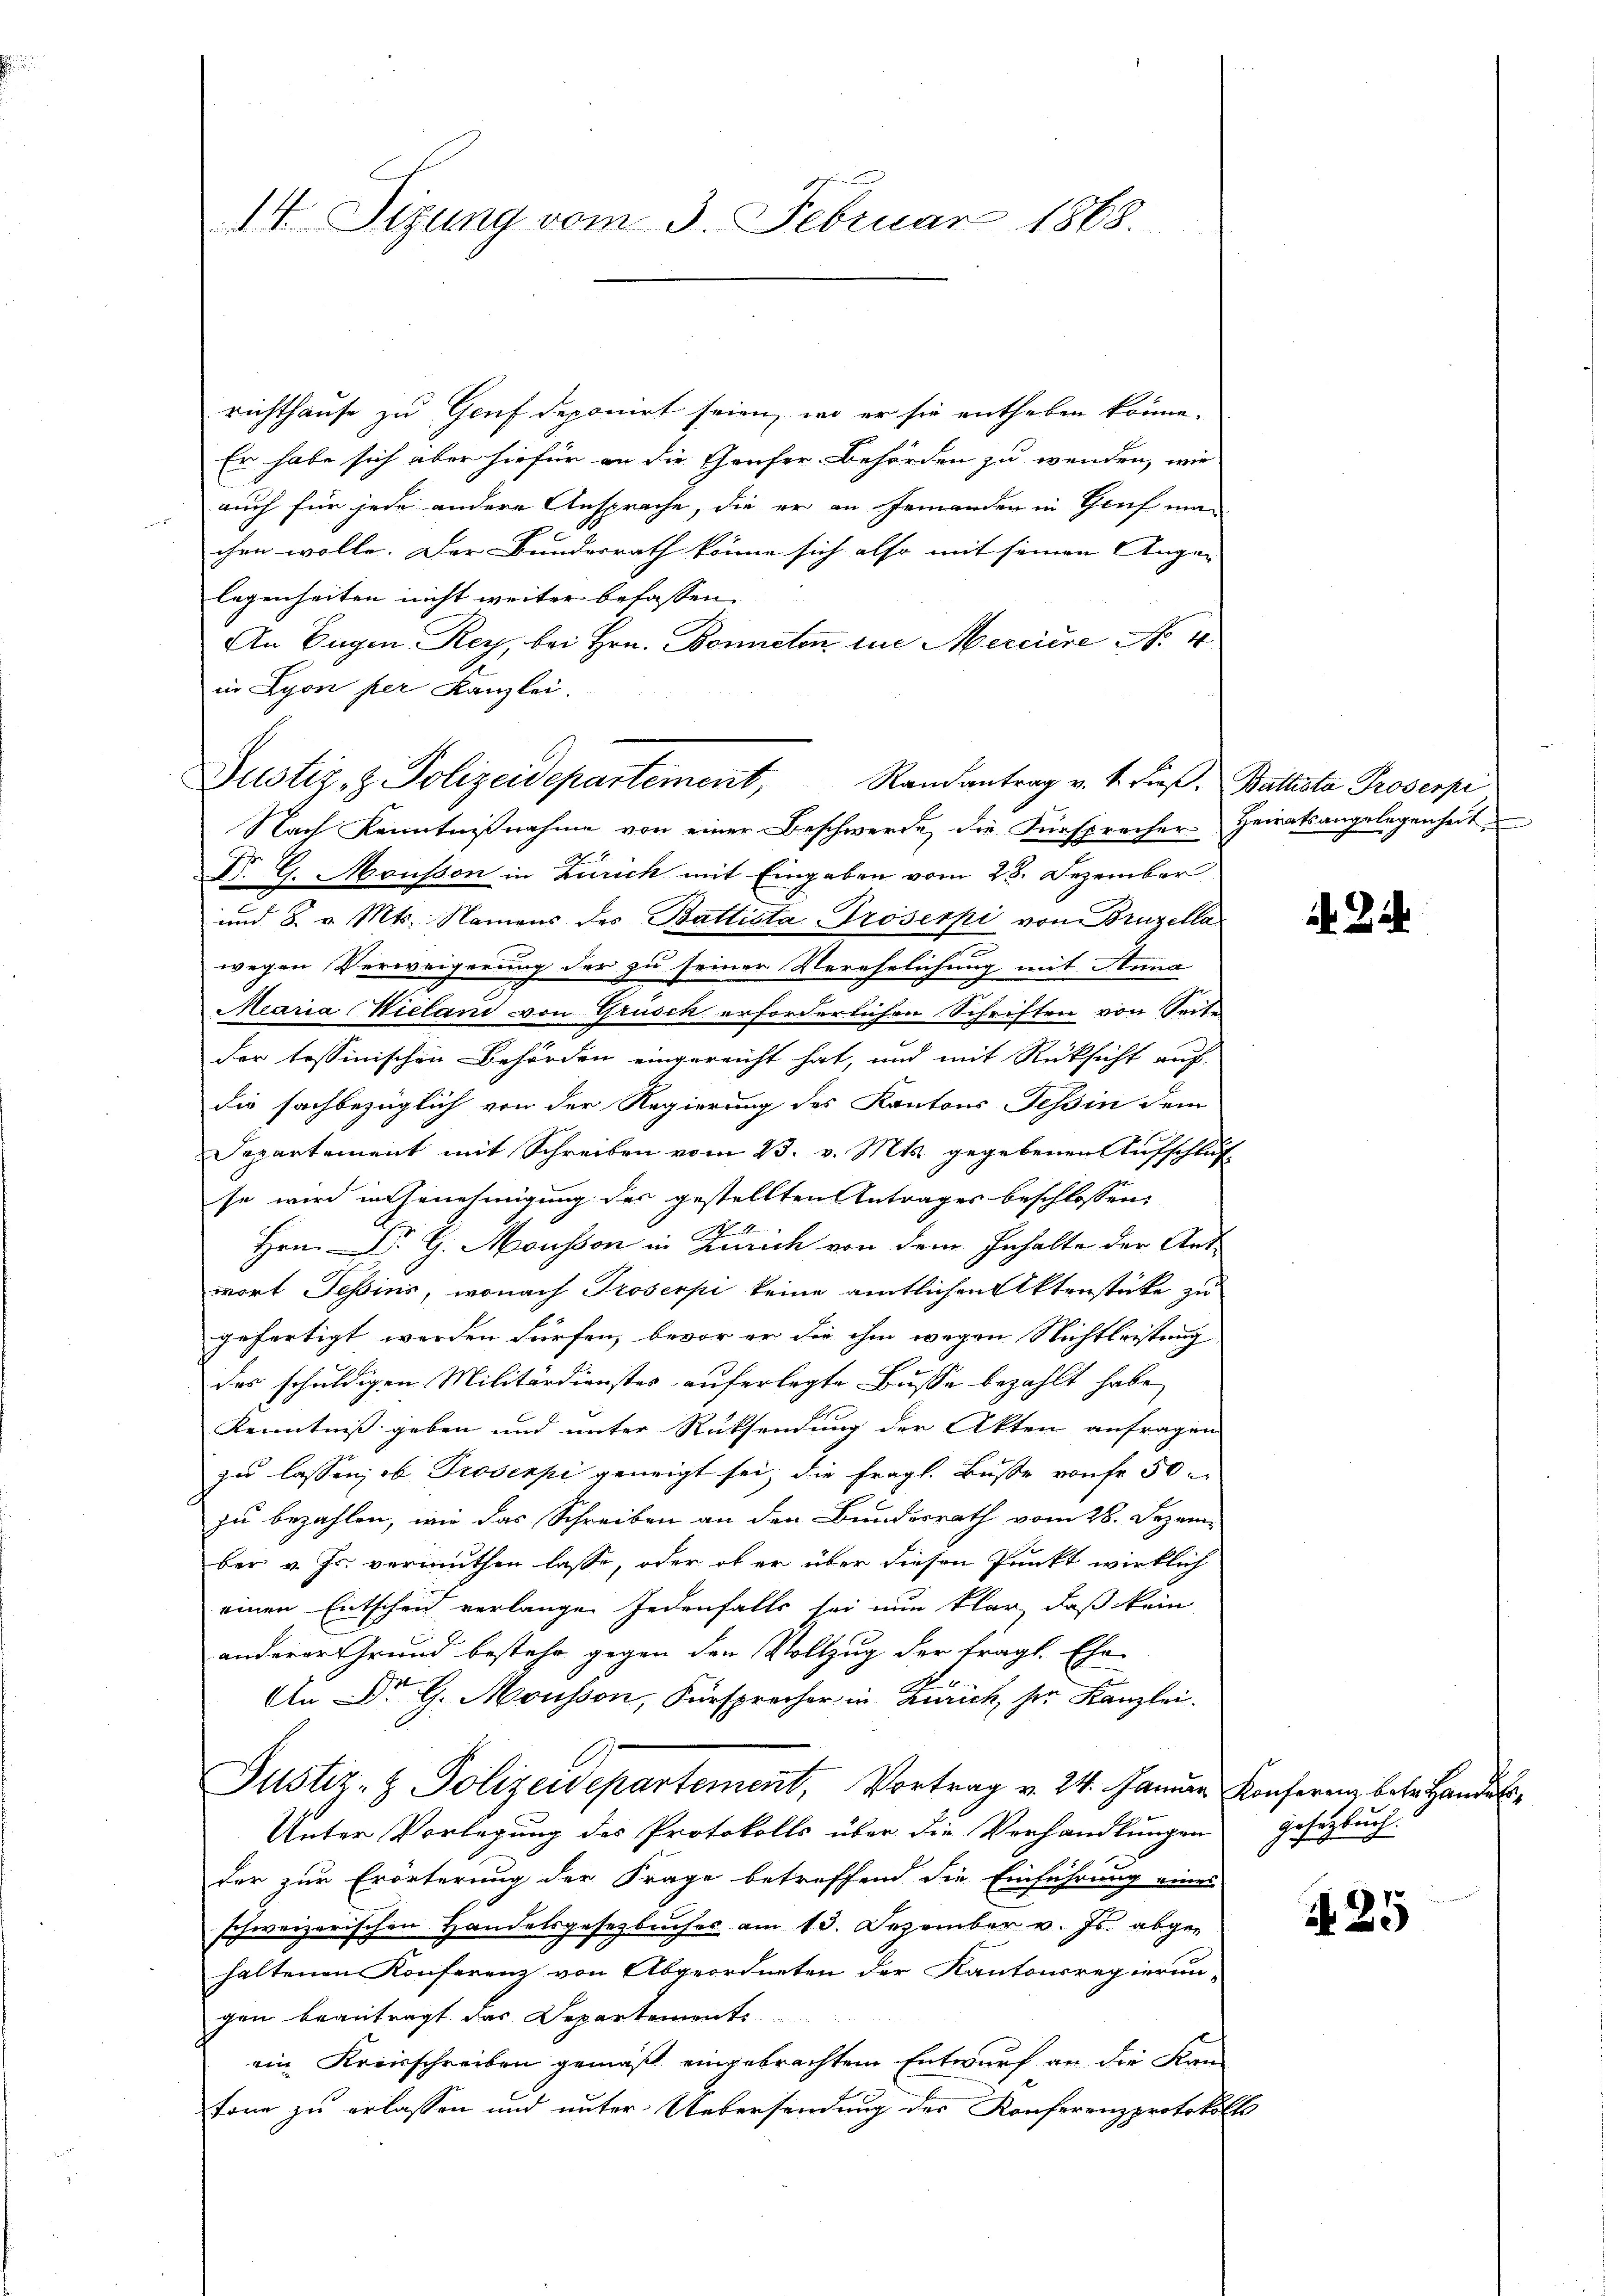
14 Sizung vom 3. Februar 1868.

richthause zu Gruf deponirt seien, wo er sie entheben könne.
Er habe sich aber hiefür an die Häuser Behörden zu wenden, wie
auch für jede andere Ansprache, die er an emanden in Genf machen wolle. Der Bundesrath könne sich also mit seinen Augen |
legenheiten nicht weiter befassen. |
An Eugen Rey, bei Hrn. Bonneten in Merciere No 4
in Lyon per Kanzlei.
Nach Kenntnißnahme von einer Beschwerde die Fürsprecher Heiratsangelegenheit
Dr. G. Mousson in Zürich mit Eingaben vom 28. Dezember
und 8. v. Mts. Namens des Battista Prosespi von Bruzella
e
wegen Verweigerung der zu seiner Verehelichung mit Anna
Maria Wielani von Grüsch erforderlichen Schriften von Seite
der tessinischen Behörden eingereicht hat, und mit Rücksicht auf
die fachbezüglich von der Regierung des Kantons Tessin dem
Departement mit Schreiben vom 23. v. Mts. gegebenen Aufschluf
se wird in Genehmigung des gestellten Antrages beschlossen:
1
Hrn. P. G. Mousson in Zürich von dem Inhalte der Ant-
wort Tessins, wonach Proserpi keine amtlichen Aktenstücke zu
gefertigt werden dürfen, bevor er die ihm wegen Nichtleistung
das schuldigen Militärdienstes auferlegte Busse bezahlt habe,
Kenntniß geben und unter Rücksendung der Akten anfragen
zu lassen, ob Proserpi geneigt sei; die fragl. Buße von fr 50
zu bezahlen, wie das Schreiben an den Bundesrath vom 28. Dezember v. Js. vermuthen lasse, oder ob er über diesen Punkt wirklich
einen Entscheid verlangen Jedenfalls sei nun klar, daß kein
anderer Grund bestehe gegen den Vollzug der fragl. Ehe
An Dr G. Mousson, Fürsprecher in Zürich, ser Kanzlei.
Justiz- & Polizeidepartement, Vortrag v. 24. Januar Konferenz beter Handes¬
Unter Vorlegung des Protokolls über die Verhandlungen
der zur Erörterung der Frage betreffend die Einführung eines
schweizerischen Handelsgesetzbuches am 13. Dezember v. Js. abgehaltenen Konferenz von Abgeordneten der Kantonsregierun-
gen beantragt, das Departemente
ein Kreisschreiben gemäß eingebrachtem Entwurf an die Kan-
tone zu erlassen und unter Uebersendung der Konferenzprotokoll

Justiz- & Polizeidepartement, Randantrag v. 4. Freβ, Battesta Proverp

gesetzbuch.

25